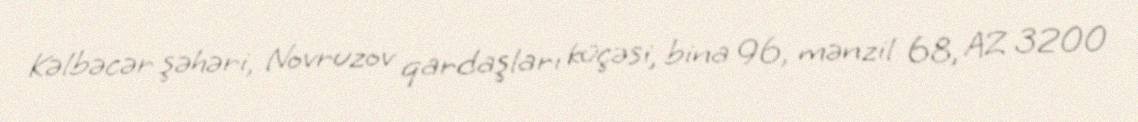
Kəlbəcər şəhəri, Novruzov qardaşları küçəsi, bina 96, mənzil 68, AZ 3200